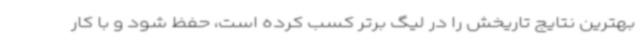
بهترین نتایج تاریخش را در لیگ برتر کسب کرده است، حفظ شود و با کار